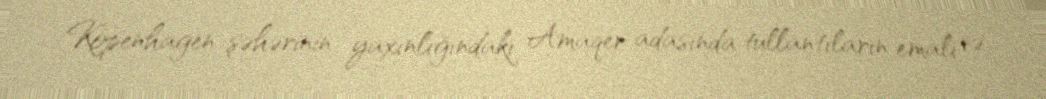
Kopenhagen şəhərinin yaxınlığındakı Amaqer adasında tullantıların emalı və